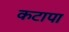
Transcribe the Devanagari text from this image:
कटापा